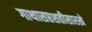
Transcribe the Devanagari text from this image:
गाथासप्तशतीसारखे